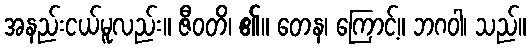
အနည်းငယ်မူလည်း။ ဇီဝတိ၊ ၏။ တေန၊ ကြောင့်။ ဘဂဝါ၊ သည်။